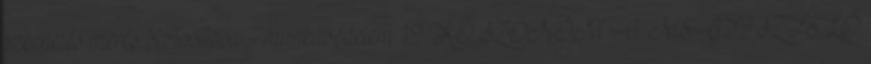
szkenelés mérés biztosítása - munkavédelem 19 KÖSZÖNÖM A MEGTISZTELŐ